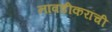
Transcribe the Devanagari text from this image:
नावडीकरांची